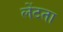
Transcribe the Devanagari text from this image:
लेंटता